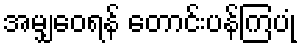
အမျှဝေရန် တောင်းပန်ကြပုံ